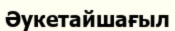
Әукетайшағыл